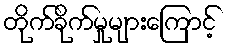
တိုက်ခိုက်မှုများကြောင့်